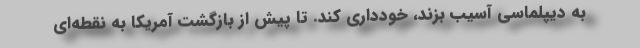
به دیپلماسی آسیب بزند، خودداری کند. تا پیش از بازگشت آمریکا به نقطه‌ای